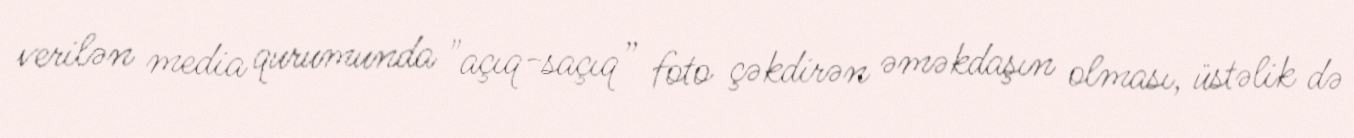
verilən media qurumunda "açıq-saçıq” foto çəkdirən əməkdaşın olması, üstəlik də